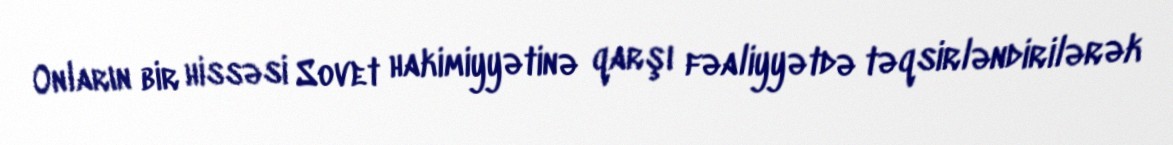
Onların bir hissəsi Sovet hakimiyyətinə qarşı fəaliyyətdə təqsirləndirilərək